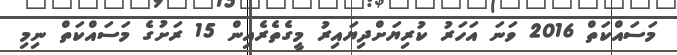
މަސައްކަތް 2016 ވަނަ އަހަރު ކުރިޔަށްދިޔައިރު މީގެތެރެއިން 15 ރަށުގެ މަސައްކަތް ނިމި